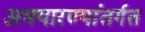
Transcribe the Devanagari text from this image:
अभयारण्यांतर्गत